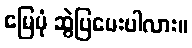
မြေပုံ ဆွဲပြပေးပါလား။